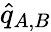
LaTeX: \hat{q}_{A,B}